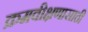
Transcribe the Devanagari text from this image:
क्रमवीक्षणासाठी